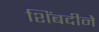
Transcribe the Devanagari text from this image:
शिंबदीने